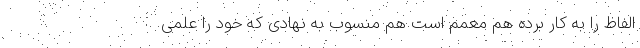
الفاظ را به کار برده هم معمم است هم منسوب به نهادی که خود را علمی